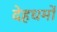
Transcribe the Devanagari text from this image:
देहधर्मों